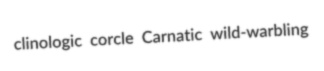
clinologic corcle Carnatic wild-warbling